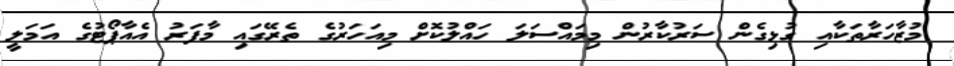
މުޒާހަރާތަކާއި ގުޅިގެން ސަރުކާރުން މިމައްސަލަ ހައްލުކޮށް މިއަހަރުގެ ތެރޭގައި މާފަރު އެއާޕޯޓުގެ އަމަލީ